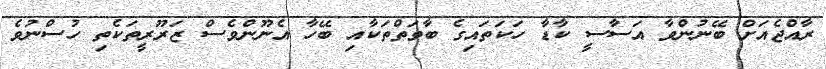
ރާއްޖެއަށް ބޭނުންވާ އަސާސީ ކާޑާ ހަކަތައިގެ ބާވަތްތަކާއި ބޭހާ އެނޫންވެސް ޒަރޫރީތަކެތި ހުސްނުވެ